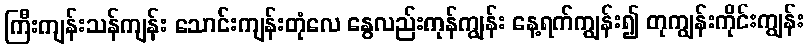
ကြီးကျန်းသန်ကျန်း သောင်းကျန်းတုံလေ နွေလည်းကုန်ကျွန်း နေ့ရက်ကျွန်း၍ တုကျွန်းကိုင်းကျွန်း